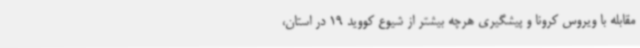
مقابله با ویروس کرونا و پیشگیری هرچه بیشتر از شیوع کووید 19 در استان،